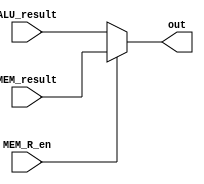
module WB_Stage(
  input[31:0] ALU_result, MEM_result,
  input MEM_R_en,
  output[31:0] out
);

  assign out = MEM_R_en ? MEM_result : ALU_result;

endmodule